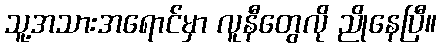
သူ့အသားအရောင်မှာ လူနီတွေလို ညိုနေပြီ။